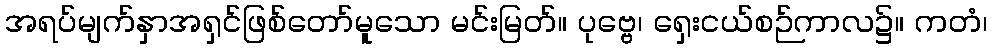
အရပ်မျက်နှာအရှင်ဖြစ်တော်မူသော မင်းမြတ်။ ပုဗ္ဗေ၊ ရှေးငယ်စဉ်ကာလ၌။ ကတံ၊